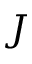
J